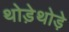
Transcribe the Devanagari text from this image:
थोडे़थोड़े